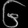
Digit: ၆